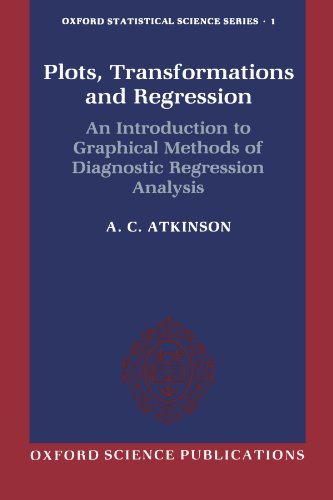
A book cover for Plots, Transformations, and Regression: An Introduction to Graphical Methods of Diagnostic Regression Analysis (Oxford Statistical Science Series); A. C. Atkinson; Science & Math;